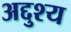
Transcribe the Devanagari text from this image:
अद्दुश्य